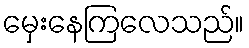
မှေးနေကြလေသည်။